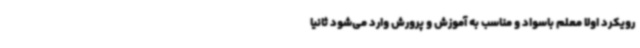
رویکرد اولا معلم باسواد و مناسب به آموزش و پرورش وارد می‌شود ثانیا